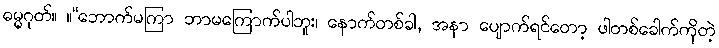
ဓမ္မဂုတ်။ ။“ဘောက်မကြာ ဘာမကြောက်ပါဘူး၊ နောက်တစ်ခါ, အနာ ပျောက်ရင်တော့ ဖါတစ်ခေါက်ကိုတဲ့